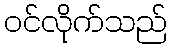
ဝင်လိုက်သည်